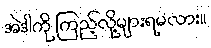
အဲဒါကို ကြည့်လို့များရမလား။